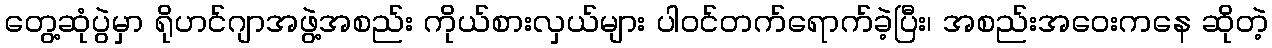
တွေ့ဆုံပွဲမှာ ရိုဟင်ဂျာအဖွဲ့အစည်း ကိုယ်စားလှယ်များ ပါဝင်တက်ရောက်ခဲ့ပြီး၊ အစည်းအဝေးကနေ ဆိုတဲ့